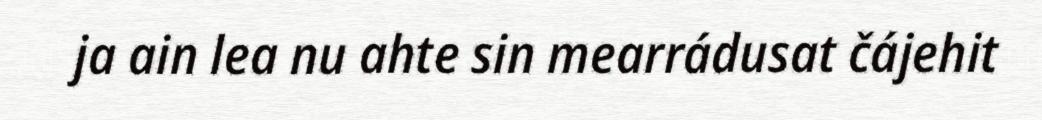
ja ain lea nu ahte sin mearrádusat čájehit